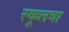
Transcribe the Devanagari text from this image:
स्कूलचा